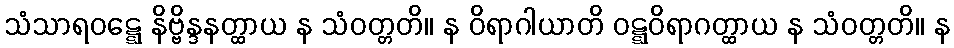
သံသာရဝဋ္ဋေ နိဗ္ဗိန္ဒနတ္ထာယ န သံဝတ္တတိ။ န ဝိရာဂါယာတိ ဝဋ္ဋဝိရာဂတ္ထာယ န သံဝတ္တတိ။ န